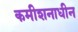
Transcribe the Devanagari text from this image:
कमीशनाधीन